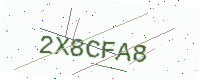
Text: 2X8CFA8